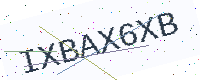
Text: IXBAX6XB